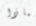
لماذا